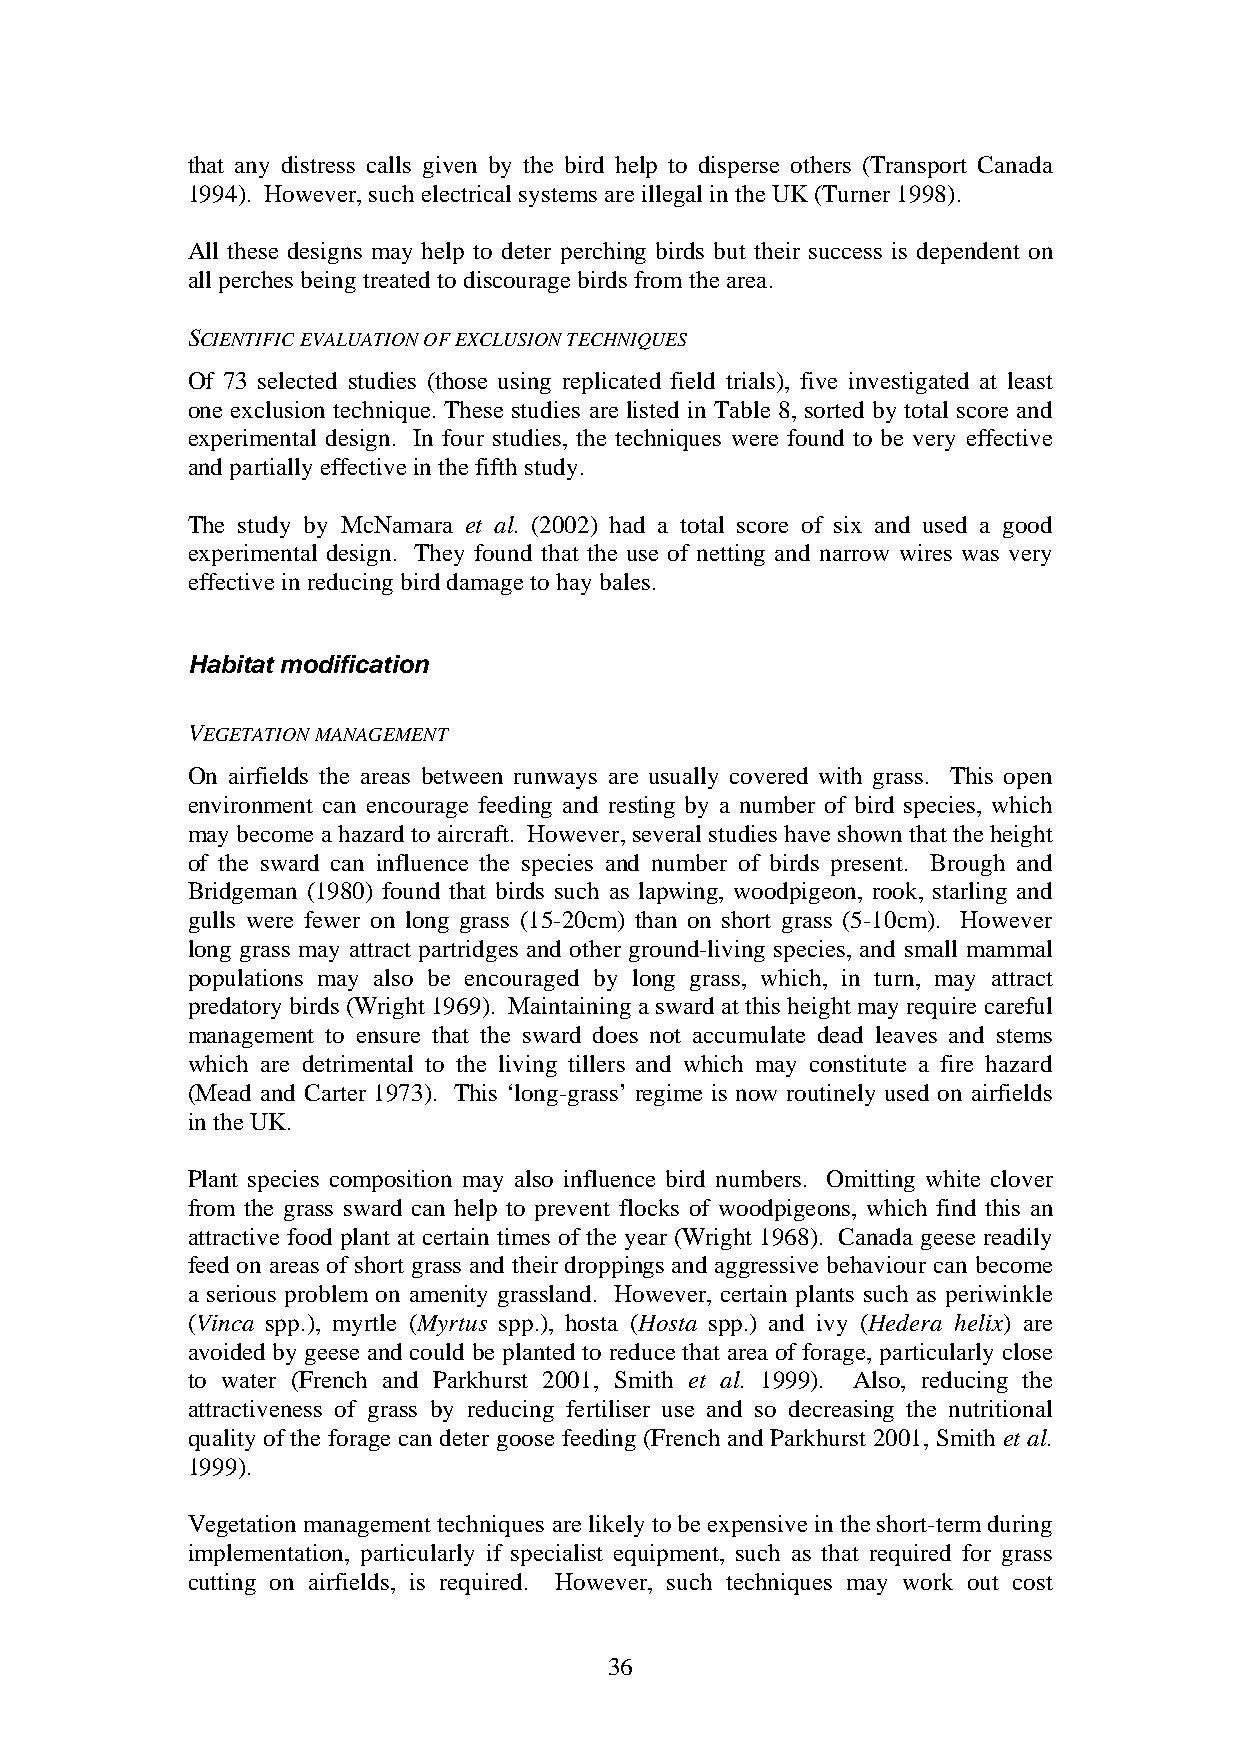
that any distress calls given by the bird help to disperse others (Transport Canada
 1994). However, such electrical systems are illegal in the UK (Turner 1998).
 All these designs may help to deter perching birds but their success is dependent on
 all perches being treated to discourage birds from the area.
 SCIENTIFIC EVALUATION OF EXCLUSION TECHNIQUES
 Of 73 selected studies (those using replicated field trials), five investigated at least
 one exclusion technique. These studies are listed in Table 8, sorted by total score and
 experimental design. In four studies, the techniques were found to be very effective
 and partially effective in the fifth study.
 The study by McNamara et al. (2002) had a total score of six and used a good
 experimental design. They found that the use of netting and narrow wires was very
 effective in reducing bird damage to hay bales.
 Habitat modification
 VEGETATION MANAGEMENT
 On airfields the areas between runways are usually covered with grass. This open
 environment can encourage feeding and resting by a number of bird species, which
 may become a hazard to aircraft. However, several studies have shown that the height
 of the sward can influence the species and number of birds present. Brough and
 Bridgeman (1980) found that birds such as lapwing, woodpigeon, rook, starling and
 gulls were fewer on long grass (15-20cm) than on short grass (5-10cm). However
 long grass may attract partridges and other ground-living species, and small mammal
 populations may also be encouraged by long grass, which, in turn, may attract
 predatory birds (Wright 1969). Maintaining a sward at this height may require careful
 management to ensure that the sward does not accumulate dead leaves and stems
 which are detrimental to the living tillers and which may constitute a fire hazard
 (Mead and Carter 1973). This ‘long-grass’ regime is now routinely used on airfields
 in the UK.
 Plant species composition may also influence bird numbers. Omitting white clover
 from the grass sward can help to prevent flocks of woodpigeons, which find this an
 attractive food plant at certain times of the year (Wright 1968). Canada geese readily
 feed on areas of short grass and their droppings and aggressive behaviour can become
 a serious problem on amenity grassland. However, certain plants such as periwinkle
 (Vinca spp.), myrtle (Myrtus spp.), hosta (Hosta spp.) and ivy (Hedera helix) are
 avoided by geese and could be planted to reduce that area of forage, particularly close
 to water (French and Parkhurst 2001, Smith et al. 1999). Also, reducing the
 attractiveness of grass by reducing fertiliser use and so decreasing the nutritional
 quality of the forage can deter goose feeding (French and Parkhurst 2001, Smith et al.
 1999).
 Vegetation management techniques are likely to be expensive in the short-term during
 implementation, particularly if specialist equipment, such as that required for grass
 cutting on airfields, is required. However, such techniques may work out cost
 36